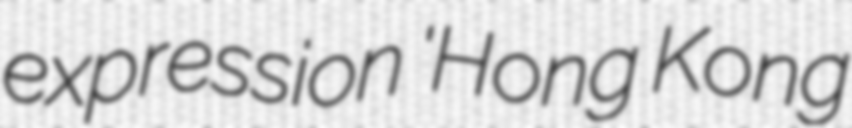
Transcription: expression 'Hong Kong